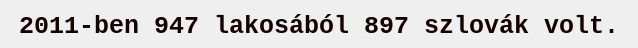
2011-ben 947 lakosából 897 szlovák volt.